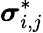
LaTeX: \boldsymbol{\sigma}_{i,j}^{*}